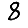
Digit: 8